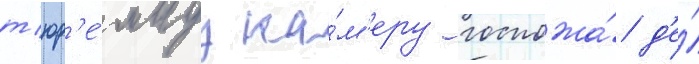
т'юр'е́мнуу ка́м'еру госпожа́ д'е́